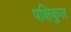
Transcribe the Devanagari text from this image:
पक्षिकुल